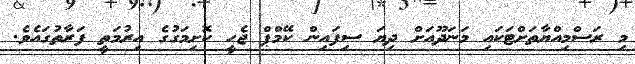
މި ރަސްމިއްޔާތަށްޓަކައި މަނަދޫއަށް ދިޔަ ސިފައިން ކޭމްޕް ޖެހީ ކޮށިމަގުގެ އިރުމަތީ ފަރާތުގައެވެ.